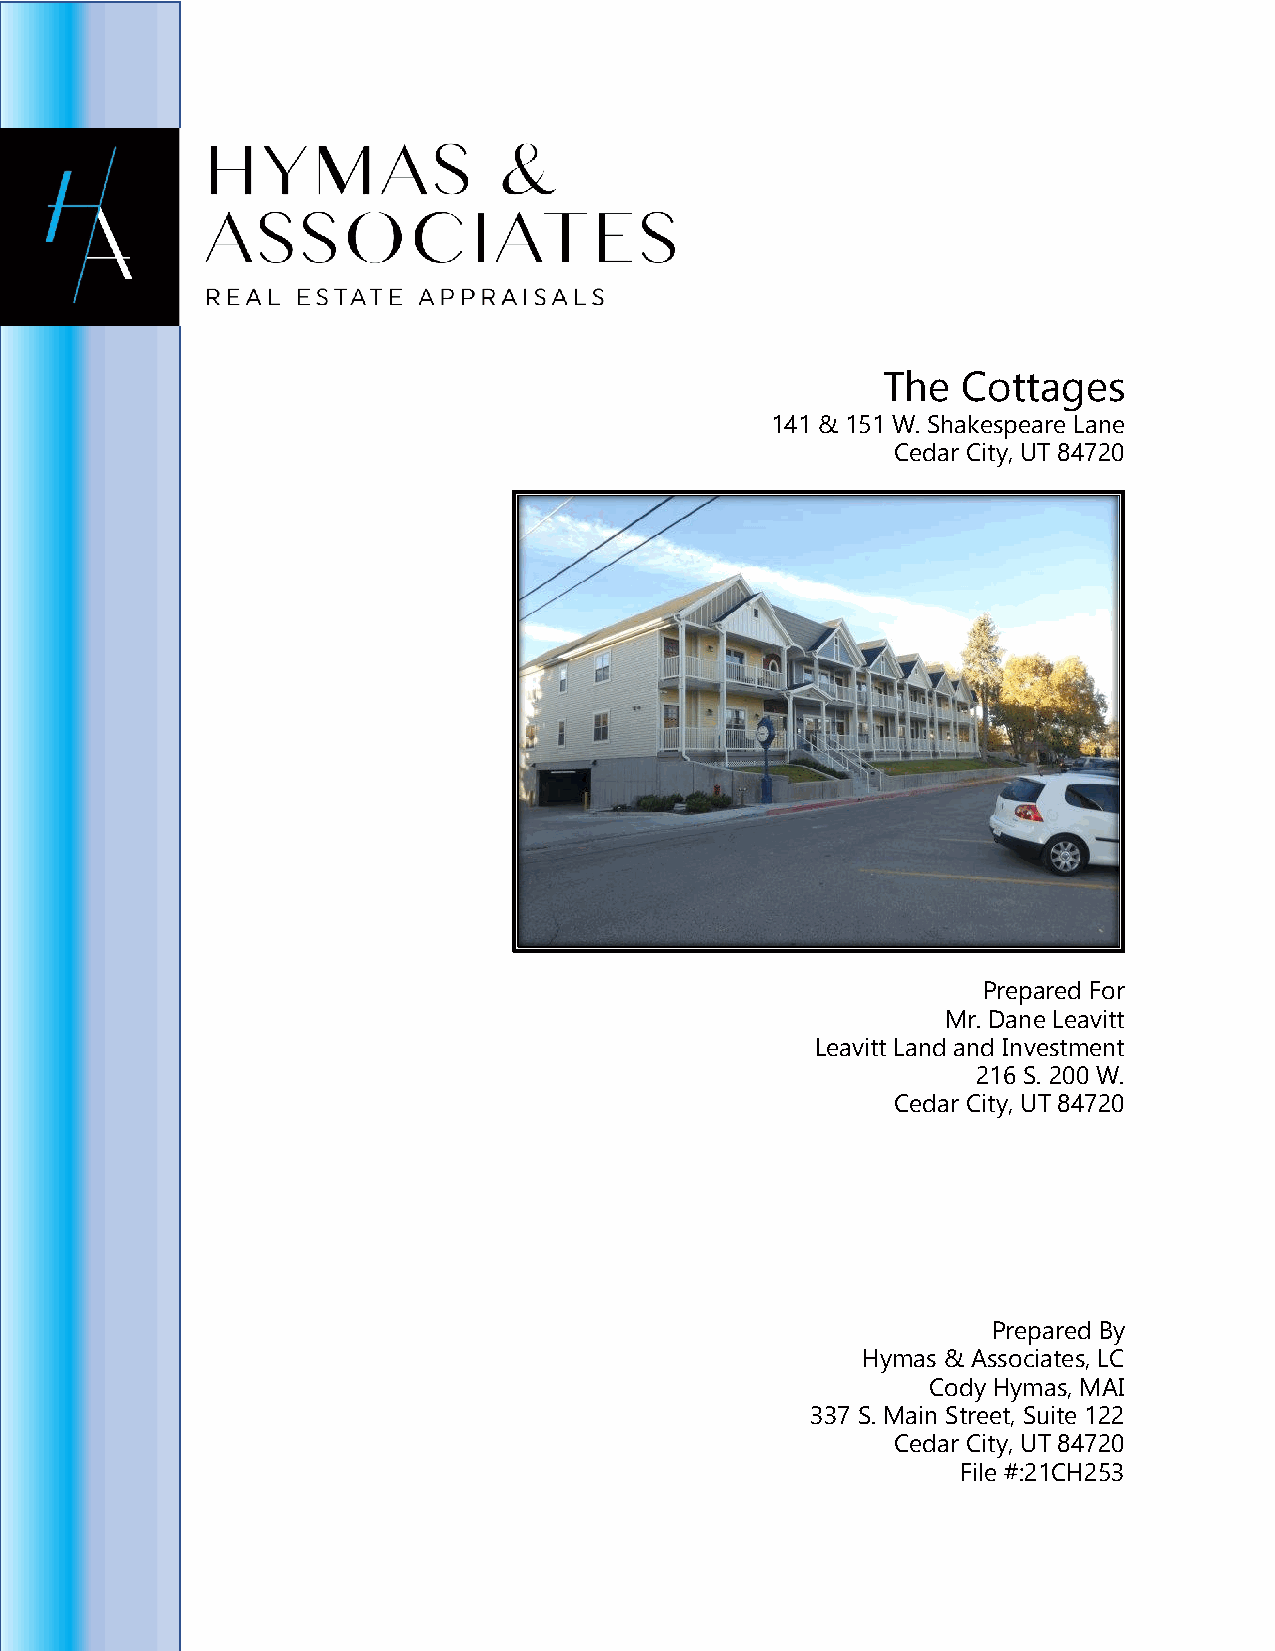
The   Cottages
 141 & 151 W. Shakespeare Lane
 Cedar City, UT 84720
 Prepared For
 Mr. Dane Leavitt
 Leavitt Land and Investment
 216 S. 200 W.
 Cedar City, UT 84720
 Prepared By
 Hymas & Associates, LC
 Cody Hymas, MAI
 337 S. Main Street, Suite 122
 Cedar City, UT 84720
 File #:21CH253